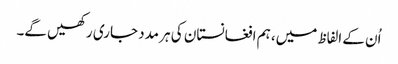
اُن کے الفاظ میں، ہم افغانستان کی ہر مدد جاری رکھیں گے۔